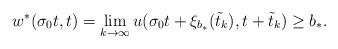
LaTeX: \begin{align*}w^*(\sigma_0t, t)=\lim_{k\to\infty} u(\sigma_0 t+\xi_{b_*}(\tilde t_k), t+\tilde t_k)\geq b_*.\end{align*}